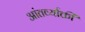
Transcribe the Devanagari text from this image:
आंतर्व्याक्ती